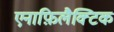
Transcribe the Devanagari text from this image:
एनाफ़िलैक्टिक